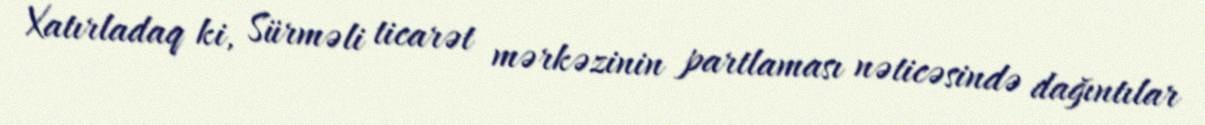
Xatırladaq ki, Sürməli ticarət mərkəzinin partlaması nəticəsində dağıntılar